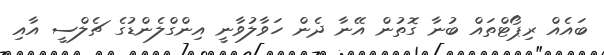
ބައެއް ރިޕޯޓްތައް ބުނާ ގޮތުން އޭނާ ދެން ހަވާލުވާނީ އިންގްލެންޑުގެ ޗެލްސީ އާއި